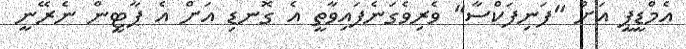
އެމްޑީޕީ އަށް "ފަނިފަކްސާ" ވެރިވެގަނެފައިވާތީ އެ ގޮނޑި އަށް އެ ޕާޓީން ނެރޭނީ